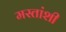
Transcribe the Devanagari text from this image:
मस्तांशी